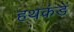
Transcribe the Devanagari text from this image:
हथकंडें